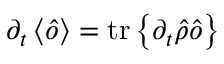
\partial _ { t } \left\langle \hat { o } \right\rangle = \mathrm { t r } \left\{ \partial _ { t } \hat { \rho } \hat { o } \right\}